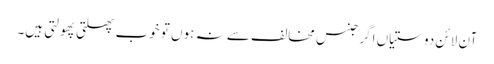
آن لائن دوستیاں اگر جنس مخالف سے نہ ہوں تو خوب پھلتی پھولتی ہیں۔